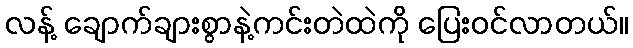
လန့် ချောက်ချားစွာနဲ့ကင်းတဲထဲကို ပြေးဝင်လာတယ်။